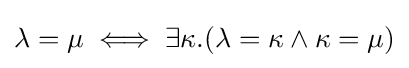
\lambda =\mu \iff \exists \kappa .(\lambda =\kappa \wedge \kappa =\mu )